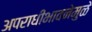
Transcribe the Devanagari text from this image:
अपराधीभावनेमुळे